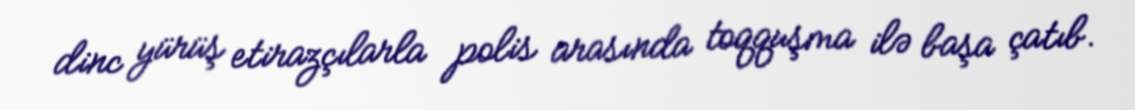
dinc yürüş etirazçılarla polis arasında toqquşma ilə başa çatıb.